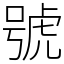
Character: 號